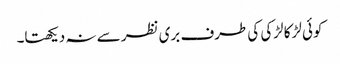
کوئی لڑکا لڑکی کی طرف بری نظر سے نہ دیکھتا۔